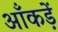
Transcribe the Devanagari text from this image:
आँकड़ें